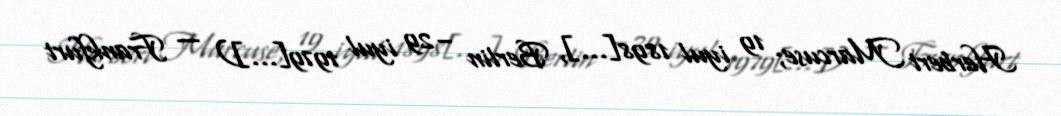
Herbert Marcuse; 19 iyul 1898[…], Berlin – 29 iyul 1979[…]) — Frankfurt